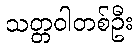
သတ္တဝါတစ်ဦး